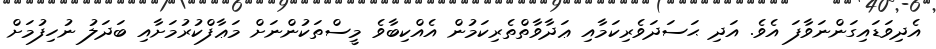
އެދިވަޑައިގަންނަވާފަ އެވެ. އަދި ޙަސަދަވެރިކަމާއި ޢަދާވާތްތެރިކަމުން އެއްކިބާވެ މީސްތަކުންނަށް މަޢާފްކުރުމަށާއި ބަދަލު ނުހިފުމަށް